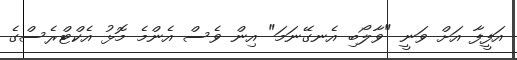
އަފީފާ އަށް ވަނީ "ވާލޯބި އެނގޭނަމަ" އިން ވެސް އެންމެ މޮޅު އެކްޓްރެސްގެ